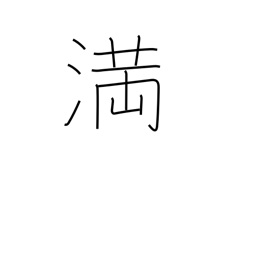
Meaning: enough